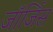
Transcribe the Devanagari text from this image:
जॉर्जिस